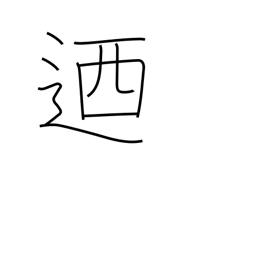
Meaning: in other words